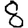
Digit: 8